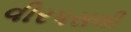
વીરપસલી